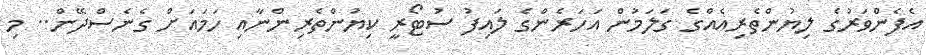
އެފެންވަރުގެ ލިޔުންތެރިއެއްގެ ގަލަމުން އަހަރެންގެ ލައިފު ސުޓޯރީ ކިޔުންތެރިންނާއި ހަމައަށް ގެނެސްދޭން.. މި